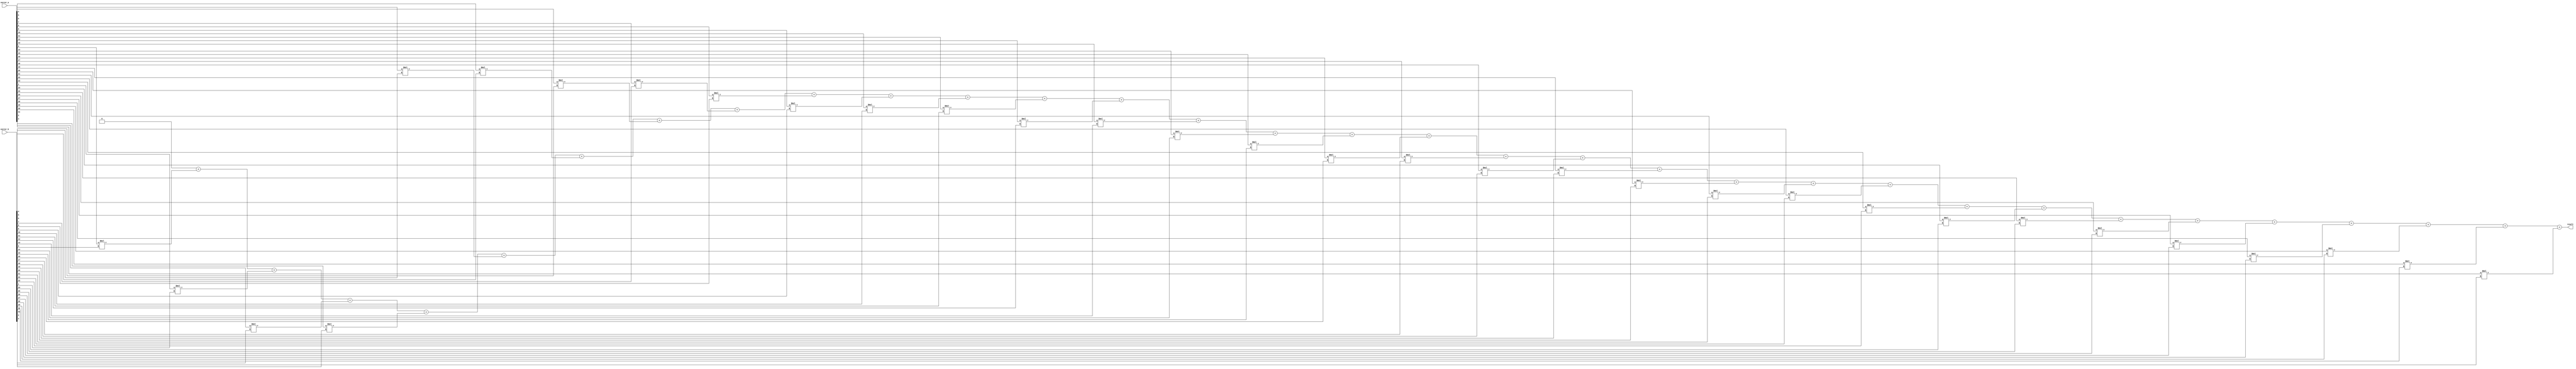
module dotProduct(
    input [31:0] vector_a,
    input [31:0] vector_b,
    output [5:0] result
);
    integer i;
    reg [5:0] temp;

    always @(*) begin
        temp = 6'b0; // 
        // Verilog ++ / --  += / -=
        for (i = 0; i < 32; i = i + 1) begin 
            temp = temp + (vector_a[i] * vector_b[i]); // 
        end
    end

    assign result = temp;
endmodule //dotProduct